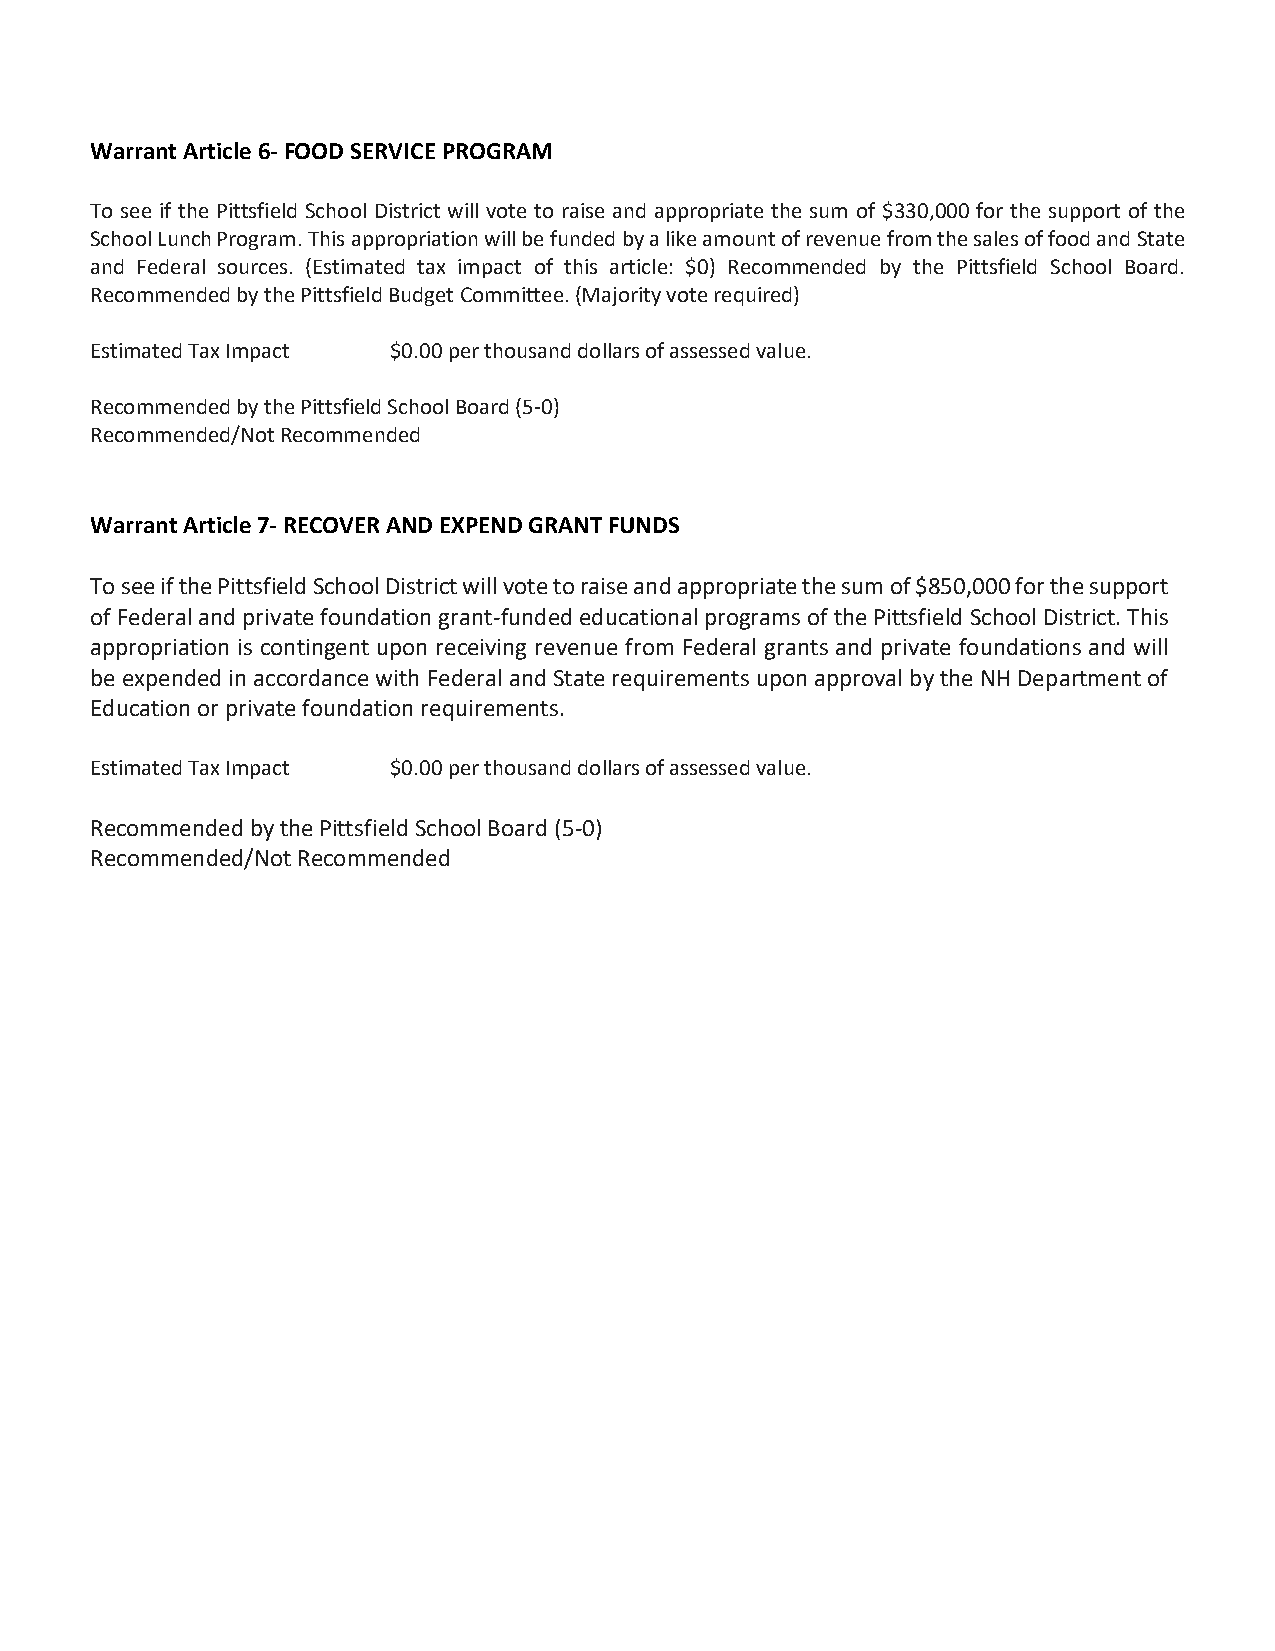
Warrant Article 6- FOOD SERVICE PROGRAM
 To see if the Pittsfield School District will vote to raise and appropriate the sum of $330,000 for the support of the
 School Lunch Program. This appropriation will be funded by a like amount of revenue from the sales of food and State
 and Federal sources. (Estimated tax impact of this article: $0) Recommended by the Pittsfield School Board.
 Recommended by the Pittsfield Budget Committee. (Majority vote required)
 Estimated Tax Impact $0.00 per thousand dollars of assessed value.
 Recommended by the Pittsfield School Board (5-0)
 Recommended/Not Recommended
 Warrant Article 7- RECOVER AND EXPEND GRANT FUNDS
 To see if the Pittsfield School District will vote to raise and appropriate the sum of $850,000 for the support
 of Federal and private foundation grant-funded educational programs of the Pittsfield School District. This
 appropriation is contingent upon receiving revenue from Federal grants and private foundations and will
 be expended in accordance with Federal and State requirements upon approval by the NH Department of
 Education or private foundation requirements.
 Estimated Tax Impact $0.00 per thousand dollars of assessed value.
 Recommended by the Pittsfield School Board (5-0)
 Recommended/Not Recommended